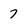
Character: 7